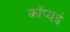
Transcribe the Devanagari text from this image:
काँप्यई